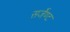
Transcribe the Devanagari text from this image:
सर्जेण्ट